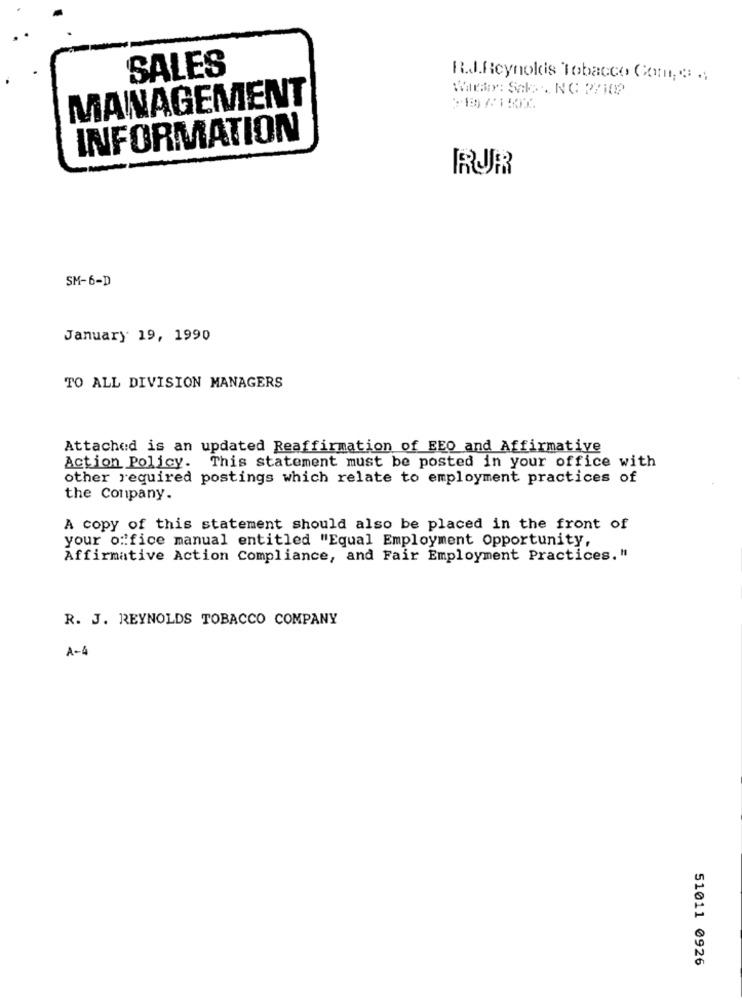
SALES
R.J.Reynolds Tobacco Com. . ..
Wiemy: Saks . NC 27102
MANAGEMENT
INFORMATION
SM-6-D
January 19, 1990
TO ALL DIVISION MANAGERS
Attached is an updated Reaffirmation of EEO and Affirmative
Action Policy.
This statement must be posted in your office with
other required postings which relate to employment practices of
the Conpany.
A copy of this statement should also be placed in the front of
your office manual entitled "Equal Employment Opportunity,
Affirmative Action Compliance, and Fair Employment Practices. "
R. J. REYNOLDS TOBACCO COMPANY
A-4
51011 0926